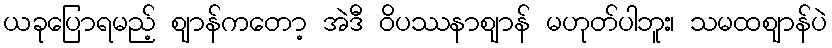
ယခုပြောရမည့် ဈာန်ကတော့ အဲဒီ ဝိပဿနာဈာန် မဟုတ်ပါဘူး၊ သမထဈာန်ပဲ